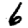
Digit: 6